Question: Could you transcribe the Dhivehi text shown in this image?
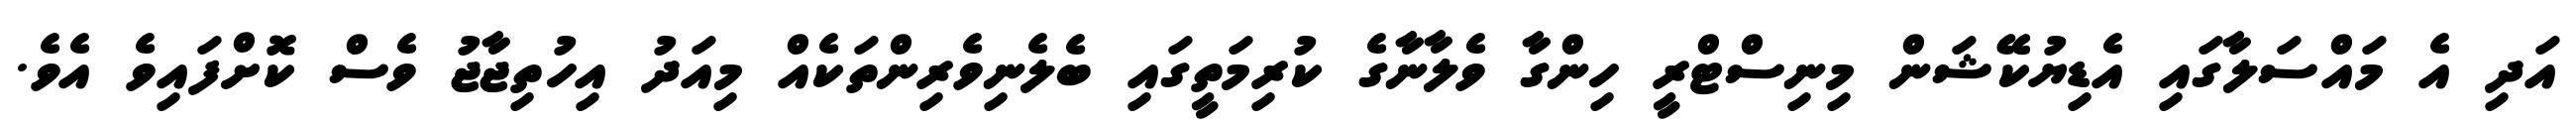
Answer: އަދި އެ މައްސަލާގައި އެޑިޔުކޭޝަން މިނިސްޓްރީ ހިންގާ ވެލާނާގެ ކުރިމަތީގައި ބެލެނިވެރިންތަކެއް މިއަދު އިހުތިޖާޖު ވެސް ކޮށްފައިވެ އެވެ.